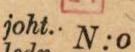
joht. N:o